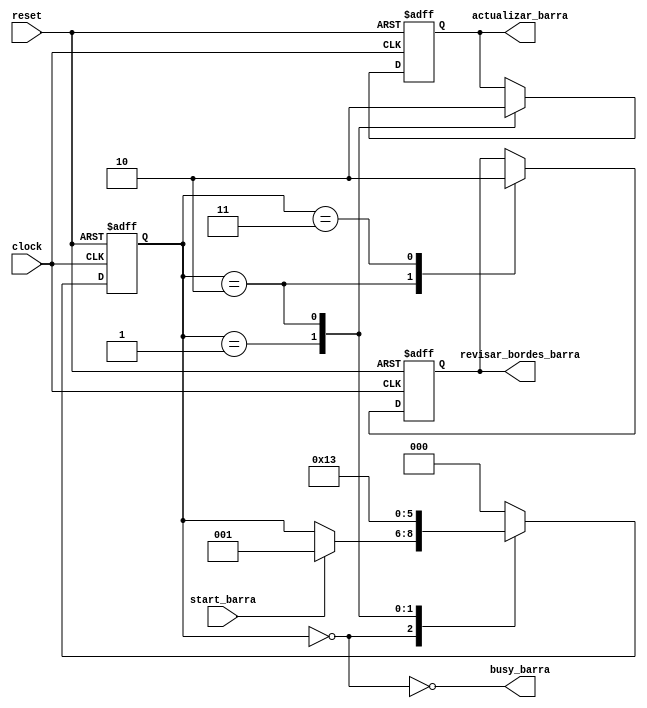
module FSM_Barra(clock, reset, start_barra, busy_barra,actualizar_barra, revisar_bordes_barra);
	input clock, reset, start_barra;
	output busy_barra;
	output reg actualizar_barra, revisar_bordes_barra;
	reg [2:0] state;
	parameter STATE_0 = 0;
	parameter STATE_1 = 1;
	parameter STATE_2 = 2;
	parameter STATE_3 = 3;
	initial
		begin
			state <= STATE_0;
			actualizar_barra <= 1'b0;
			revisar_bordes_barra <= 1'b0;
		end
	always@(posedge clock or posedge reset)
	begin
		if(reset)
			begin
				state <= STATE_0;
				actualizar_barra <= 1'b0;
				revisar_bordes_barra <= 1'b0;
			end
		else
			begin
				case(state)
					STATE_0: 
						begin
							if (start_barra)
								begin
									state <= STATE_1;
								end
						end
					STATE_1: 
						begin
							actualizar_barra <= 1'b1;
							state <= STATE_2;
						end
					STATE_2: 
						begin
							actualizar_barra <= 1'b0;
							revisar_bordes_barra <= 1'b1;					
							state <= STATE_3;
						end
					STATE_3:
						begin
							revisar_bordes_barra <= 1'b0;
							state <= STATE_0;
						end
					default:
						begin
							state <= STATE_0;
						end
				endcase
			end
	end
	assign busy_barra = !(state == STATE_0);
endmodule